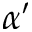
\alpha ^ { \prime }